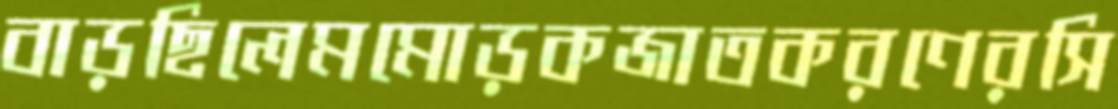
বাড়ছিলেমমোড়কজাতকরণেরসি